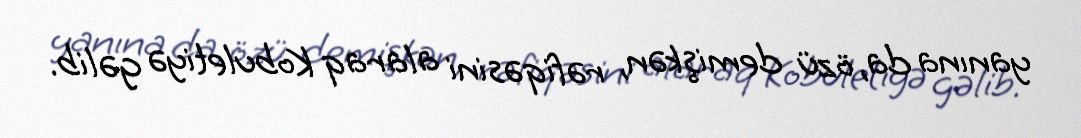
yanına da, özü demişkən, rəfiqəsini alaraq Kobuletiyə gəlib.